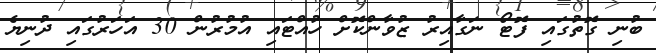
ބުނި ގޮތުގައި ފޮޓޯ ނަގާއިރު ޒުވާންކޮށް ހުއްޓައި އުމުރުން 30 އަހަރުގައި ދުނިޔެ